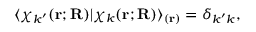
\langle \chi _ { k ^ { \prime } } ( \mathbf { r } ; \mathbf { R } ) | \chi _ { k } ( \mathbf { r } ; \mathbf { R } ) \rangle _ { ( \mathbf { r } ) } = \delta _ { k ^ { \prime } k } ,